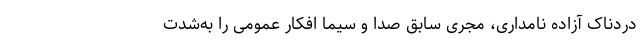
دردناک آزاده نامداری، مجری سابق صدا ‌و ‌سیما افکار عمومی را به‌شدت